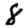
Digit: 8